King Institute of Preventive Medicine Micro-Biological Section reports 1909-11
Year: 1909
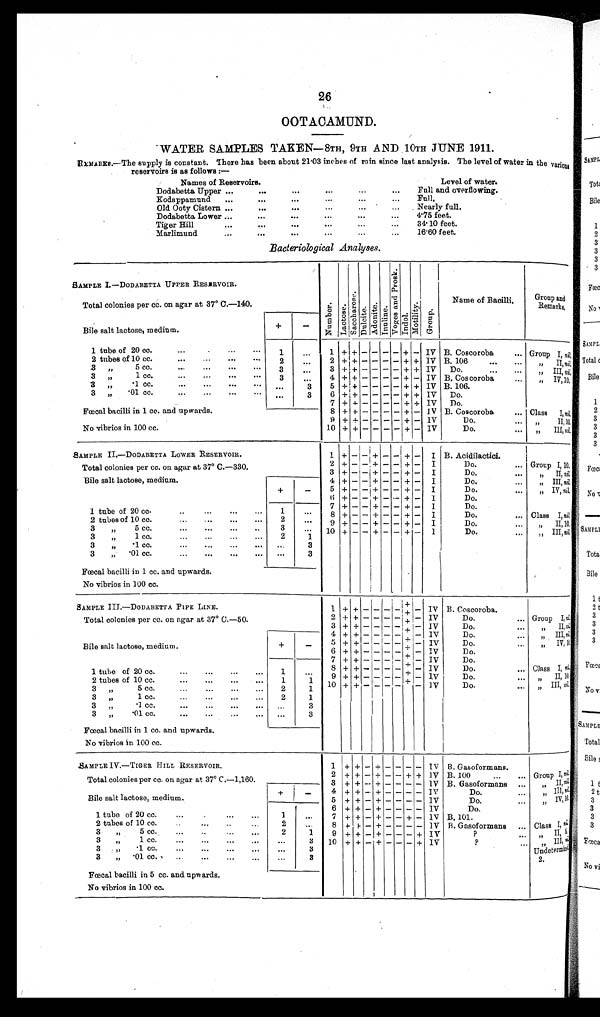
26
OOTACAMUND.
WATER SAMPLES TAKEN—8TH, 9TH AND 10TH JUNE 1911.
REMARKS.—The supply is constant. There has been about 21.03 inches of rain since last analysis. The level of water in the various
reservoirs is as follows :—
Names of Reservoirs.
Level of water.
Dodabetta Upper ... ... ... ...
Full and overflowing.
Kodappamund ... ... ... ... ...
Full.
Old Ooty Cistern ... . . .
. . .
Nearly full.
Dodabetta Lower ... ... ... ... ...
4.75 feet.
Tiger Hill ... ... ... ... ...
34.10 feet.
Marlimund
..
.. ... ... ...
16.60 feet.
Bacteriological Analyses.
SAMPLE I—DODABETTA UPPER RESERVOIR.
N u m b e r .
L a c t o s e .
Sa c c ha r os e . D u l c i t e . A d o n i t e .
I n u l i n e .
Vo g e s a n d P r o s k . I n d o l M o t i l i t y . G r o u
Name of Bacilli.
Group and
Remarks .
Total colonies per cc. on agar at 37° C.—140.
Bile salt lactose, medium.
+
-
1 tube of 20 cc. ... ... ...
1
...
1 + + - - - - + - IV B. Coscoroba
. . .
Group I, nil.
2 tubes of 10 cc. ... .... ... ...
2
. . .
2 + + - - - - + + IV B. 106
. . .
. . . „ II, nil,
3 . „ 5 c c .
. . .
. . . .
. . .
. . .
3
. . . .
3 +
+ - - - - + + IV D o . . . . . . .
„
III
ni l .
3 „ 1 cc. . . . . . . . . . . . . .
3
. . .
4 + + - - - -
+ - IV B. Coscoroba
. . . . .
„
IV,10,
3 „ .1 cc. ... ... ... ...
...
3
5 + + - - - -
+
+
IV B . 1 0 6 . . . .
3 „ .01 cc. ... ... ... ...
. . .
3
6 + + - - - - + + IV D o . . . .
7 + + - - - - + + IV D o . . . .
Fœcal bacilli in 1 cc. and upwards.
8 + + - - - - + - IV B. Coscoroba . . .
Class I, ni l .
9 + + - - - - + - IV
Do.
. . . „ II, 10,
No vibrios in 100 cc.
10 + + - - - - + - IV
D o . . . .
„
III,
n i l .
SAMPLE II—DODABETTA LOWER RESERVOIR.
1 + - - + - - + - I B. Acidilactici.
Total colonies per cc. on agar at 37° C.—330.
2
+ - - + - - + - I
Do. ...
Group I, 10,
3 + - -- -+ - - + - I
Do. ...
„
II
n i l .
Bile salt lactose, medium.
+
-
4 + - - + - - + - I
Do. ...
„III, n i l
,
5
+ - - + - - + - I
Do. ...
„ IV, nil.
6 + - - + - - + - I
Do.
7
+ - - + - - + - I
Do.
1 tube of 20 cc.... ... ...
1
. . .
8 + - - + - - + - I
Do. ...
Class I, nil,
2 tubes of 10 cc..... ...
2
. . .
9 + - - + - - + - I
Do. ...
„ II, 10,
3 „ 5 cc. ... ... ... ...
3
. . .
10 + - - + - - + - I
Do. ...
„ III, nil.
3 „ 1 cc. ... ... ... ...
2
1
3 „ .1cc. ... ... ... ...
. . .
3
3 „ .01 cc. ... ... ... ...
. . .
3
Fœcal bacilli in 1 cc. and upwards.
No vibrios in 100 cc.
SAMPLE III —DODABETTA PIPE LINE.
I + + - - - - + -
IV B. Coscoroba. . . .
Group I, n i l .
Total colonies per cc. on agar at 37° 0.—50.
2 + + - - - - + - IV
Do. ...
3 + + - - - - + -- IV
Do...
„
II
n i l .
4 + + - - - -
- + - IV
D o . . .
Bile salt lactose, medium.
+
-
„
III,
n i l
.
5 + + - - - - + - IV
Do. ...
„
IV
n i l
6 + + - - - - - + - IV
Do. ...
7 + + - - - - i + - IV
Do....
1 tube of 20 cc. . . . . . . . . .
1
. . .
Class I, n i l .
8 + + - - - - + - IV
Do. ...
9 + + - - - - +
+- IV
Do. ...
„ I I
n i l
,
2 tubes of 10 cc. . . . . . . . . .
1
1
„ III, n i l .
10 + + - - - - + - IV
Do. ...
3 „ 5 cc. . . . . . . . . .
2
1
3 „ 1 cc. . . . . . . . . .
2
1
3 „ .1 cc. ... ... ... ...
. . .
3
3 „ .01
cc. ... ... ... ...
. . .
3
Fœcal bacilli in 1 cc. and upwards.
No vibrios in 100 cc.
SAMPLE IV.—TIGER HILL RESERVOIR.
1 + + - + - - - - IV B. Gasoformans.
Group I, n i l .
Total colonies per cc. on agar at 37° C.—1,160.
2 + + - + - - + + lV B. 100 ... ...
3 + + - + - - - - IV B. Gasoformans ...
„ II, n i l .
Bile salt lactose, medium.
+ -
„ III, n i l .
4 + + - + - - - - IV
D o . . . .
5 + + - + - - - - IV
Do.
. . .
„
IV,
n i l .
1 tube of 20 cc. ... ... ...
1 . . .
6
+ + - + - - - - IV
D o . . . .
7
+. + -
+ -
-
+ - IV
B .
101.
2 tubes of 10 cc.
.. ...
2
. . .
Class I, n i l .
8 + + + + I
. - + - - - - - IV B. Gasoformans ...
3 „ 5 cc. ...
.. ... ...
2
1
9 + + - + - - - + IV
? . . .
„
II,8
3 „ 1 cc. ... ... ... ...
. . . . 3 10 + + - + - - - + IV
? . . .
„
III,
, n i l .
3 „ 1cc. ...
..
... ...
. . . 3
Undete
r m i e d 2 .
3 „ .01cc.
.. ... ... ...
. . . 3
Fœcal bacilli in 5 cc. and upwards.
No vibrios in 100 cc.